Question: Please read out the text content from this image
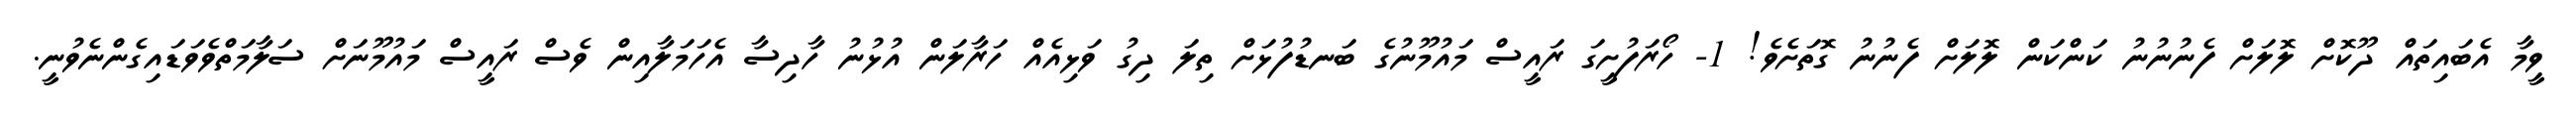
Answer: ވީމާ އެބައިތައް ދޫކޮށް ލޮލަށް ފެނުނުނު ކަންކަން ލޮލަށް ފެނުނު ގޮތަށެވެ! 1- ހޯރަފުށީގަ ރައީސް މައުމޫނުގެ ބަނޑުފުޅަށް ތިލަ ދިގު ވަޅިއެއް ހަރާލަން އުޅުނު ހާދިސާ އެހަމަލާއިން ވެސް ރައީސް މައުމޫނަށް ސަލާމަތްވެވަޑައިގެންނެވުނީ.